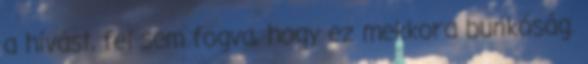
a hívást, fel sem fogva, hogy ez mekkora bunkóság.